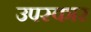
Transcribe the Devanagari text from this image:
उपस्‍कार